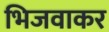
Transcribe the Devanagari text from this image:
भिजवाकर